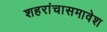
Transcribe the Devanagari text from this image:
शहरांचासमावेश